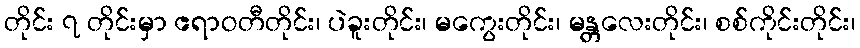
တိုင်း ၇ တိုင်းမှာ ဧရာဝတီတိုင်း၊ ပဲခူးတိုင်း၊ မကွေးတိုင်း၊ မန္တလေးတိုင်း၊ စစ်ကိုင်းတိုင်း၊